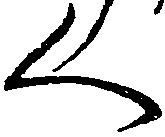
く